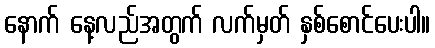
နောက် နေ့လည်အတွက် လက်မှတ် နှစ်စောင်ပေးပါ။